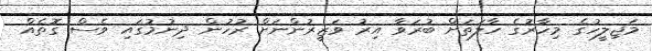
މަޖިލީހުގެ މިހާރުގެ ހާލަތަށް ބުރަވާ އިރު ވަޒީރުންނަށް ރުހުން ދިނުމުގައި ވެސް ގޮތެއް